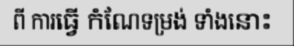
ពី ការធ្វើ កំណែទម្រង់ ទាំងនោះ